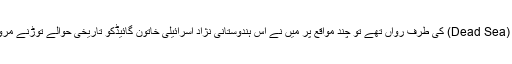
چند روز بعد جب ہم ٹورسٹ بس میں اسرائیلی گائیڈ کے ہمراہ یروشلم سے براستہ دشت جودی، بحر میت (Dead Sea) کی طرف رواں تھے تو چند مواقع پر میں نے اس ہندوستانی نژاد اسرائیلی خاتون گائیڈکو تاریخی حوالے توڑنے مروڑنے پر ٹوکا، تو اس نے مائیک میرے حوالے کرکے بقیہ سفر میں مجھے رہنمائی کرنے کے لئے کہا۔